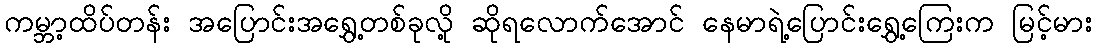
ကမ္ဘာ့ထိပ်တန်း အပြောင်းအရွှေ့တစ်ခုလို့ ဆိုရလောက်အောင် နေမာရဲ့ပြောင်းရွှေ့ကြေးက မြင့်မား